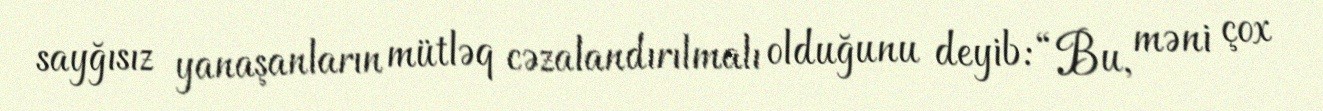
sayğısız yanaşanların mütləq cəzalandırılmalı olduğunu deyib: “Bu, məni çox